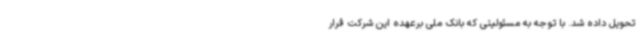
تحویل داده شد. با توجه به مسئولیتی که بانک ملی برعهده این شرکت قرار